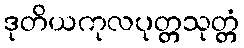
ဒုတိယကုလပုတ္တသုတ္တံ